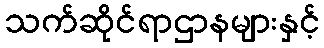
သက်ဆိုင်ရာဌာနများနှင့်